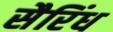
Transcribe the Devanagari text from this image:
सैरिंध